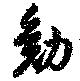
勉